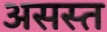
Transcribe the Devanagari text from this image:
असस्त